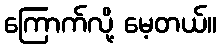
ကြောက်လို့ မေ့တယ်။